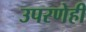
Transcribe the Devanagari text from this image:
उपरणेही